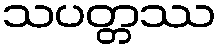
သပတ္တဿ